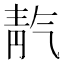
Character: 靔